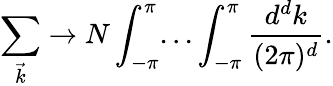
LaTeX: \sum_{\vec{k}}\rightarrow N\int_{-\pi}^{\pi}...\int_{-\pi}^{\pi}\frac{d^{d}k}{(2\pi)^{d}}.